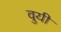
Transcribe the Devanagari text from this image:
वुयी